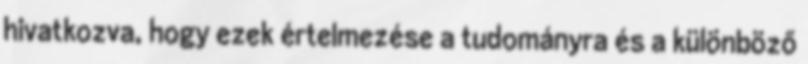
hivatkozva, hogy ezek értelmezése a tudományra és a különböző